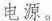
电源。